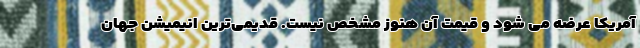
آمریکا عرضه می شود و قیمت آن هنوز مشخص نیست. قدیمی‌ترین انیمیشن جهان